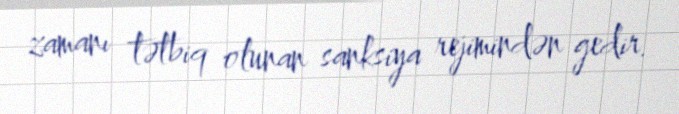
zamanı tətbiq olunan sanksiya rejimindən gedir.